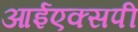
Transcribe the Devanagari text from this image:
आईएक्सपी